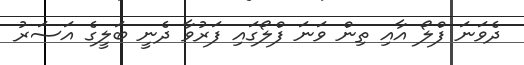
ދެވަނަ ފްލޯ އާއި ތިން ވަނަ ފްލޯގައި ފަރުވާ ދެނީ ބަލީގެ އަސަރު